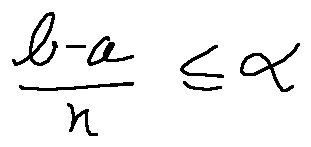
\frac { b - a } { n } \leq \alpha